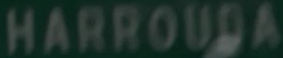
HARROUDA